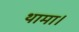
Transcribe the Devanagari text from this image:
थामा।